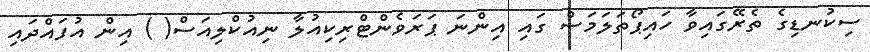
ސިކުނޑިގެ ތެރޭގައިވާ ހައިޕޯތަލަމަސް ގައި އިންނަ ޕަރަވެންޓްރިކިއުލާ ނިއުކްލިއަސް( ) އިން އުފައްދައި